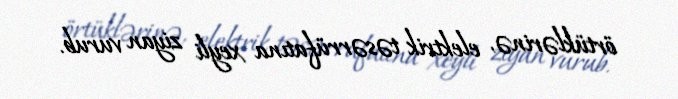
örtüklərinə, elektrik təsərrüfatına xeyli ziyan vurub.